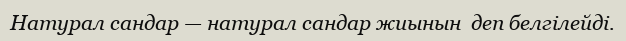
Натурал сандар — натурал сандар жиынын  деп белгілейді.